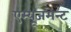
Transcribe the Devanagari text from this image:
एम्‍यूजमेन्‍ट